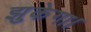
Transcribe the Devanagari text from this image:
झुकेगा।